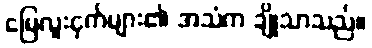
မြေလူးငှက်များ၏ အသံက ချိုသာသည်။